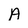
Character: A